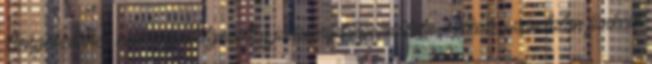
Böngésződben nem engedélyezett a javascript használata. Nélküle számtalan funkció